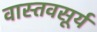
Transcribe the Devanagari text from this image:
वास्तवसूर्य